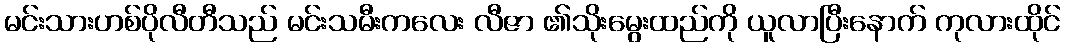
မင်းသားဟစ်ပိုလီတီသည် မင်းသမီးကလေး လီဇာ ၏သိုးမွေးထည်ကို ယူလာပြီးနောက် ကုလားထိုင်